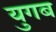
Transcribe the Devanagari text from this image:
युगब